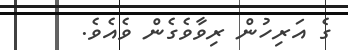
ގެ އަރިހުން ރިވާވެގެން ވެއެވެ.